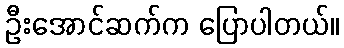
ဦးအောင်ဆက်က ပြောပါတယ်။